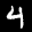
Label: 4